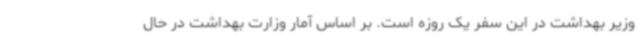
وزیر بهداشت در این سفر یک روزه است. بر اساس آمار وزارت بهداشت در حال